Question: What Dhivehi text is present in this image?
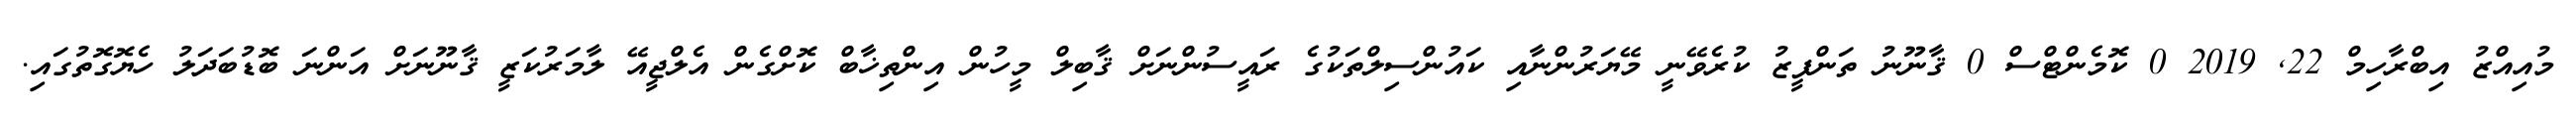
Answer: މުއިއްޒު އިބްރާހިމް 22, 2019 0 ކޮމެންޓްސް 0 ޤާނޫނު ތަންފީޒު ކުރެވޭނީ މޭޔަރުންނާއި ކައުންސިލްތަކުގެ ރައީސުންނަށް ޤާބިލް މީހުން އިންތިޚާބް ކޮށްގެން އެލްޖީއޭ ލާމަރުކަޒީ ޤާނޫނަށް އަންނަ ބޮޑުބަދަލު ހެޔޮގޮތުގައި.